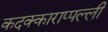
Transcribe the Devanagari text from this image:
कदक्काराप्पल्ली